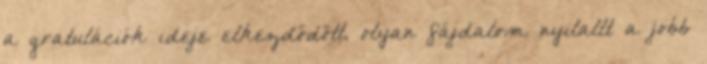
a gratulációk ideje el­kezdődött, olyan fájdalom nyilallt a jobb